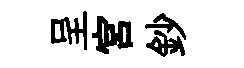
呈宮鈔